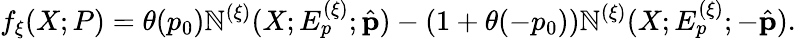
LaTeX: f_{\xi}(X;P)=\theta(p_{0})\mathbb{N}^{(\xi)}(X;E_{p}^{(\xi)};\hat{{\mathbf{p}}})-(1+\theta(-p_{0}))\mathbb{N}^{(\xi)}(X;E_{p}^{(\xi)};-\hat{{\mathbf{p}}}).